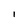
Character: i